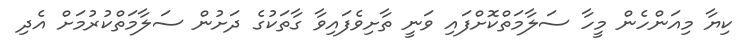
ކިޔާ މިއަންހެން މީހާ ސަލާމަތްކޮށްފައި ވަނީ ތާށިވެފައިވާ ގާތަކުގެ ދަށުން ސަލާމަތްކުރުމަށް އެދި